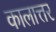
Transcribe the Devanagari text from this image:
कालात्तर